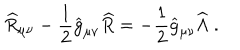
{ \widehat R } _ { \mu \nu } - { \frac { 1 } { 2 } } { \widehat g } _ { \mu \nu } { \widehat R } = - { \frac { 1 } { 2 } } { \widehat g } _ { \mu \nu } { \widehat \Lambda } ~ .